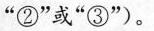
“②”或“③”)